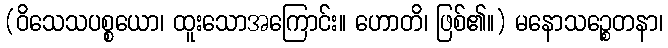
(ဝိသေသပစ္စယော၊ ထူးသောအကြောင်း။ ဟောတိ၊ ဖြစ်၏။) မနောသဉ္စေတနာ၊